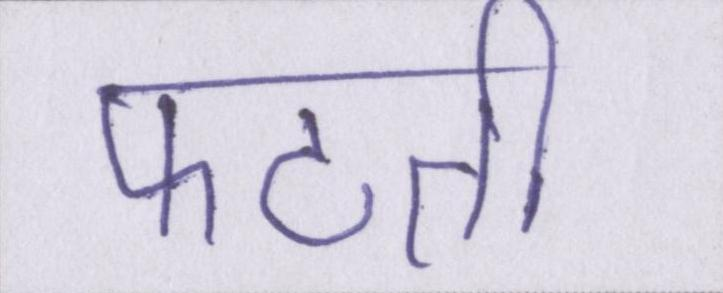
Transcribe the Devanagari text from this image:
फटती